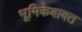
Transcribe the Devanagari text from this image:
भूमिकेबाबत